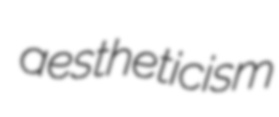
aestheticism